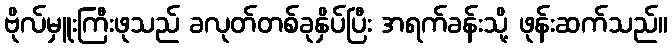
ဗိုလ်မှူးကြီးဖုသည် ခလုတ်တစ်ခုနှိပ်ပြီး အရက်ခန်းသို့ ဖုန်းဆက်သည်။